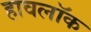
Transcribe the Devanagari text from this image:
हावलॉक